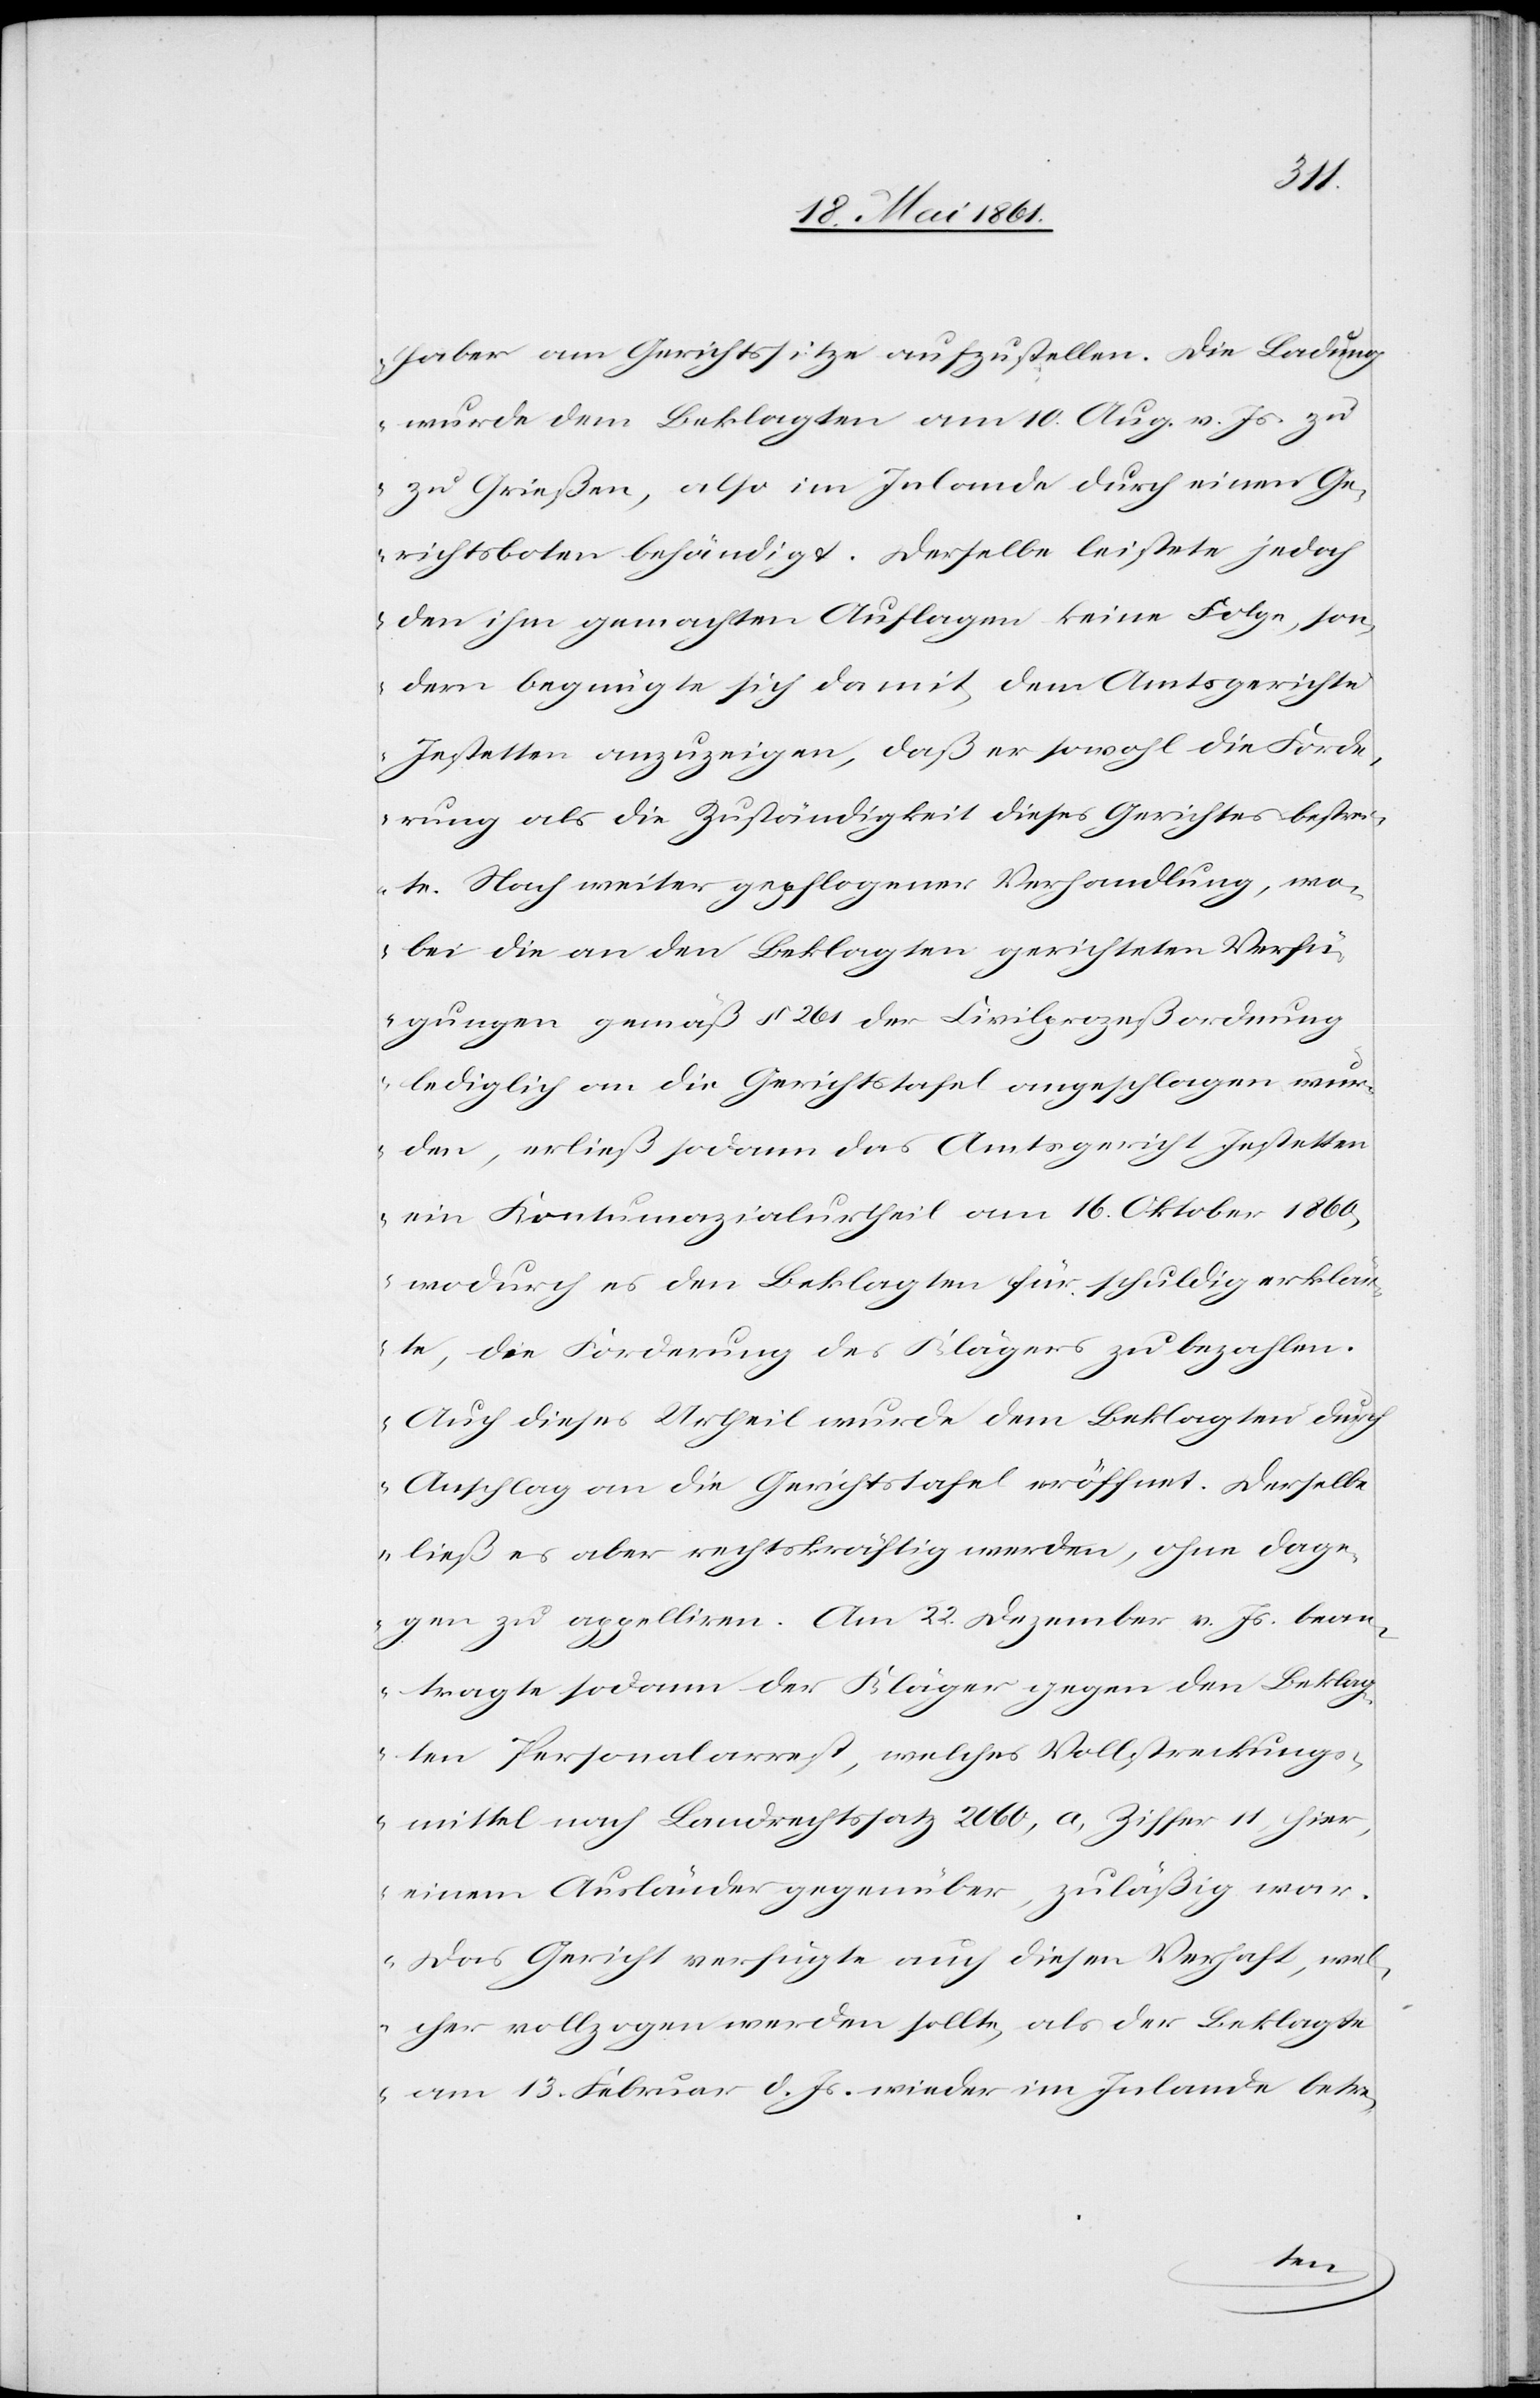
haber am Gerichtssitze aufzustellen. Die Ladung
wurde dem Beklagten am 10. Aug. v. Js. zu
Grießen, also im Inlande durch einen Ge¬
richtsboten behändigt. Derselbe leistete jedoch
den ihm gemachten Auflagen keine Folge, son¬
dern begnügte sich damit, dem Amtsgerichte
Jestetten anzuzeigen, daß er sowohl die Forde¬
rung als die Zuständigkeit dieses Gerichtes bestrei¬
te. Nach weiter gepflogener Verhandlung, wo¬
bei die an den Beklagten gerichteten Verfü¬
gungen gemäß § 261 der Civilprozeßordnung
lediglich an die Gerichtstafel angeschlagen wur¬
den, erließ sodann das Amtsgericht Jestetten
ein Kontumazialurtheil am 16. Oktober 1860,
wodurch es den Beklagten für schuldig erklär¬
te, die Forderung des Klägers zu bezahlen.
Auch dieses Urtheil wurde dem Beklagten durch
Anschlag an die Gerichtstafel eröffnet. Derselbe
ließ es aber rechtskräftig werden, ohne dage¬
gen zu appelliren. Am 22. Dezember v. Js. bean¬
tragte sodann der Kläger gegen den Beklag¬
ten Personalarrest, welches Vollstreckungs¬
mittel nach Landrechtssatz 2060. a, Ziffer 11 hier,
einem Ausländer gegenüber, zuläßig wa¬
r. Das Gericht verfügte auch diesen Verhaft, wel¬
cher vollzogen werden sollte, als der Beklagte
am 13. Februar d. Js. wieder im Inlande betre-